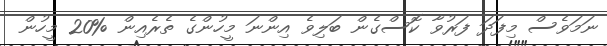
ނަމަވެސް މިފަދަ ފަރުވާ ކޮސްގެން ބަލިވެ އިންނަ މީހުންގެ ތެރެއިން %20 މީހުން